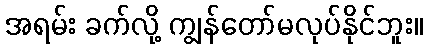
အရမ်း ခက်လို့ ကျွန်တော်မလုပ်နိုင်ဘူး။